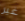
غير